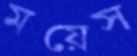
ময়েস